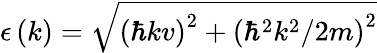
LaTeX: \epsilon\left(k\right)=\sqrt{\left(\hbar kv\right)^{2}+\left(\hbar^{2}k^{2}/2m\right)^{2}}